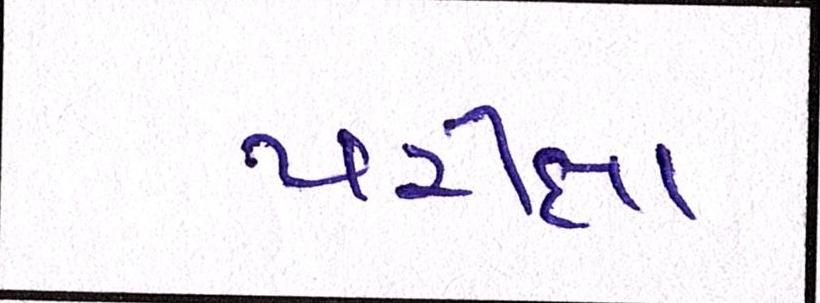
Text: પરીક્ષા